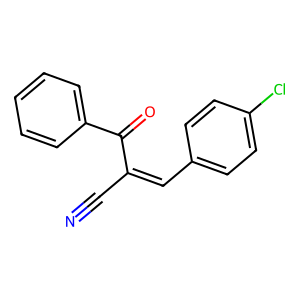
SMILES: N#CC(=Cc1ccc(Cl)cc1)C(=O)c1ccccc1
Inhibits HIV replication: No